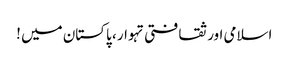
اسلامی اور ثقافتی تہوار ، پاکستان میں !